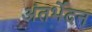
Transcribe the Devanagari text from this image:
अंतर्भेदन